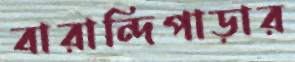
বারান্দিপাড়ার